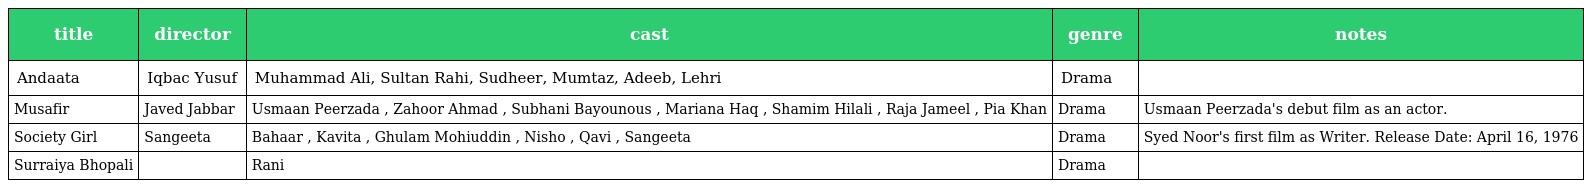
| title | director | cast | genre | notes |
 | --- | --- | --- | --- | --- |
 | Andaata | Iqbac Yusuf | Muhammad Ali, Sultan Rahi, Sudheer, Mumtaz, Adeeb, Lehri | Drama |  |
 | Musafir | Javed Jabbar | Usmaan Peerzada , Zahoor Ahmad , Subhani Bayounous , Mariana Haq , Shamim Hilali , Raja Jameel , Pia Khan | Drama | Usmaan Peerzada's debut film as an actor. |
 | Society Girl | Sangeeta | Bahaar , Kavita , Ghulam Mohiuddin , Nisho , Qavi , Sangeeta | Drama | Syed Noor's first film as Writer. Release Date: April 16, 1976 |
 | Surraiya Bhopali |  | Rani | Drama |  |